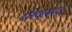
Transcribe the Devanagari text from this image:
दरियाबगंज